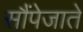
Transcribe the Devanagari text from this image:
सौंपेजाते